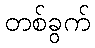
တစ်ခွက်